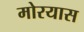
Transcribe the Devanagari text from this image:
मोरयास